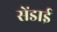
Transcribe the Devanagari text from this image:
सेंडाई